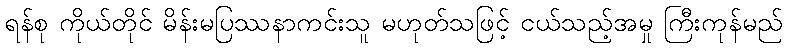
ရန်စု ကိုယ်တိုင် မိန်းမပြဿနာကင်းသူ မဟုတ်သဖြင့် ငယ်သည့်အမှု ကြီးကုန်မည်